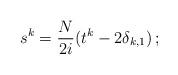
LaTeX: \begin{align*}s^k=\frac{N}{2i}(t^k-2\delta_{k,1}) \,;\end{align*}